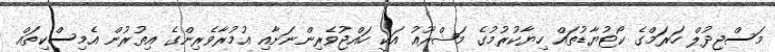
މަސްޖިދުލް ހަރަމްގެ ކޯޓުޔާޑުތައް ހިޔާކުރުމުގެ މަޝްރޫއު އަކީ ހައްޖުވެރިންނަށާއި އުމުރާވެރިންގެ އިތުރުން އެމިސްކިތައް